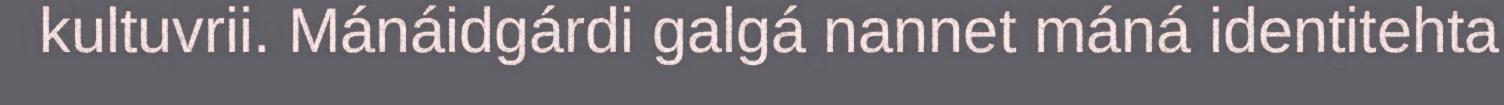
kultuvrii. Mánáidgárdi galgá nannet máná identitehta